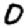
Digit: 0